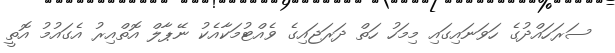
ސަރަހައްދުގެ ހަވަނައިގައި މިމަހު ހަތް ދަރަޖައިގެ ވެއްޓުމަކާއެކު ނޭޕާލް އޮތްއިރު އެގައުމު އޮތީ